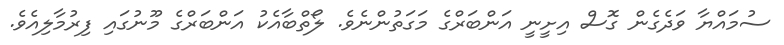
ސުމައްޔާ ވަދެގެން ގޮސް އިށީނީ އަންބަރްގެ މަގަތުންނެވެ. ލޯތްބާއެކު އަންބަރްގެ މޫނުގައި ފިރުމާލިއެވެ.